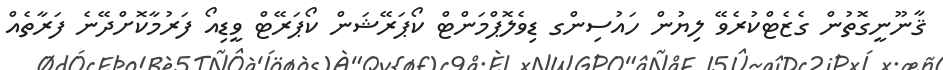
ޤާނޫނީގޮތުން ގެޒެޓްކުރެވޭ ލިޔުން ހައުސިންގ ޑިވެލޮޕްމަންޓް ކޯޕަރޭޝަން ކޯޕަރޭޓް ވީޑިއޯ ފަރުމާކޮށްދޭނެ ފަރާތެއް